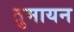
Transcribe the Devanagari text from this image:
तुमायन